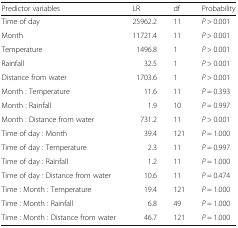
<table><thead><tr><td><b>Predictor variables</b></td><td><b>LR</b></td><td><b>df</b></td><td><b>Probability</b></td></tr></thead><tbody><tr><td>Time of day</td><td>25962.2</td><td>11</td><td><i>P</i> &gt; 0.001</td></tr><tr><td>Month</td><td>11721.4</td><td>11</td><td><i>P</i> &gt; 0.001</td></tr><tr><td>Temperature</td><td>1496.8</td><td>1</td><td><i>P</i> &gt; 0.001</td></tr><tr><td>Rainfall</td><td>32.5</td><td>1</td><td><i>P</i> &gt; 0.001</td></tr><tr><td>Distance from water</td><td>1703.6</td><td>1</td><td><i>P</i> &gt; 0.001</td></tr><tr><td>Month : Temperature</td><td>11.6</td><td>11</td><td><i>P</i> = 0.393</td></tr><tr><td>Month : Rainfall</td><td>1.9</td><td>10</td><td><i>P</i> = 0.997</td></tr><tr><td>Month : Distance from water</td><td>731.2</td><td>11</td><td><i>P</i> &gt; 0.001</td></tr><tr><td>Time of day : Month</td><td>39.4</td><td>121</td><td><i>P</i> = 1.000</td></tr><tr><td>Time of day : Temperature</td><td>2.3</td><td>11</td><td><i>P</i> = 0.997</td></tr><tr><td>Time of day : Rainfall</td><td>1.2</td><td>11</td><td><i>P</i> = 1.000</td></tr><tr><td>Time of day : Distance from water</td><td>10.6</td><td>11</td><td><i>P</i> = 0.474</td></tr><tr><td>Time : Month : Temperature</td><td>19.4</td><td>121</td><td><i>P</i> = 1.000</td></tr><tr><td>Time : Month : Rainfall</td><td>6.8</td><td>49</td><td><i>P</i> = 1.000</td></tr><tr><td>Time : Month : Distance from water</td><td>46.7</td><td>121</td><td><i>P</i> = 1.000</td></tr></tbody></table>